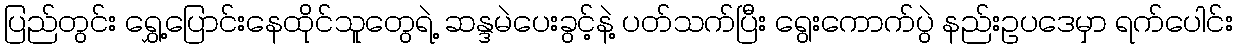
ပြည်တွင်း ရွှေ့ပြောင်းနေထိုင်သူတွေရဲ့ ဆန္ဒမဲပေးခွင့်နဲ့ ပတ်သက်ပြီး ရွေးကောက်ပွဲ နည်းဥပဒေမှာ ရက်ပေါင်း